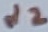
Text: d2